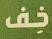
ذف